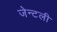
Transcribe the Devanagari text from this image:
जेन्टली